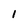
Character: 1